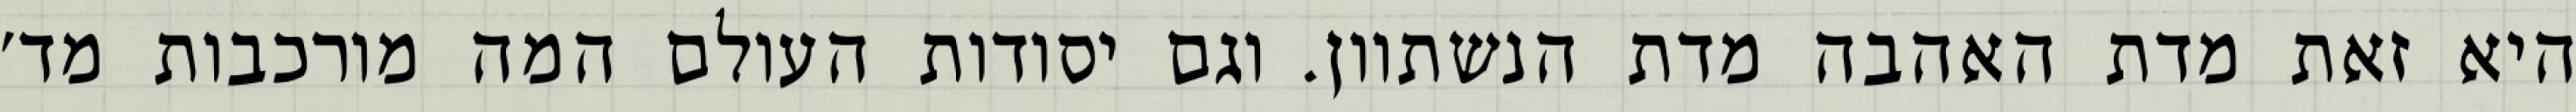
היא זאת מדת האהבה מדת הנשתוון. וגם יסודות העולם המה מורכבות מד׳